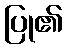
ပြု၏